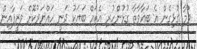
ވުމާ ގުޅިގެން އެ ބަޣާވާތާ ގުޅުންހުރި އެތައް ބަޔަކު ދަނީ ހައްޔަރުކޮށް ވަޒީފާއިން